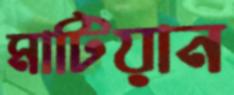
মাটিয়ান